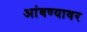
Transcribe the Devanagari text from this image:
आंबण्यावर